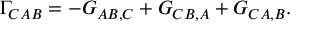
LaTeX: \Gamma _ { C A B } = - G _ { A B , C } + G _ { C B , A } + G _ { C A , B } .